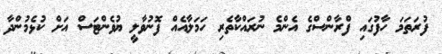
ފުރަތަމަ ހާފުގައި ފްރާންސްގެ އެންމެ ނުރައްކާތެރި ހަމަލާއެއް ފޮނުވާލީ ޔުވެންޓަސް އަށް ކުޅެމުންދާ